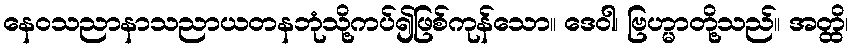
နေဝသညာနာသညာယတနဘုံသို့ကပ်၍ဖြစ်ကုန်သော။ ဒေဝါ၊ ဗြဟ္မာတို့သည်။ အတ္ထိ၊